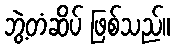
ဘွဲ့တံဆိပ် ဖြစ်သည်။